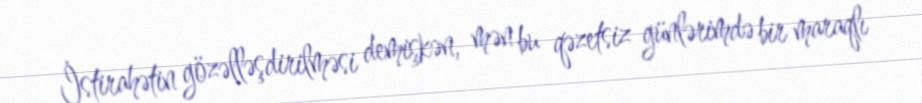
İstirahətin gözəlləşdirilməsi demişkən, mən bu qəzetsiz günlərimdə bir maraqlı